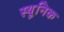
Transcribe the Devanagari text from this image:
स्यूनिक